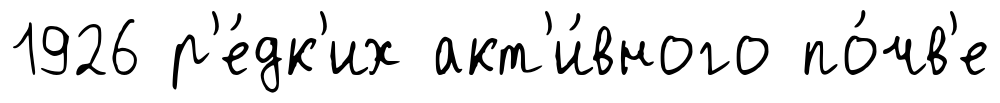
1926 р'е́дк'их акт'и́вного по́чв'е